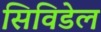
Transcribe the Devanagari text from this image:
सिविडेल